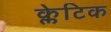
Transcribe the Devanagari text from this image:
क्लेटिक